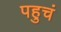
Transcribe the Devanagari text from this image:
पहुचं